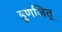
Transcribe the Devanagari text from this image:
हूणजित्‌